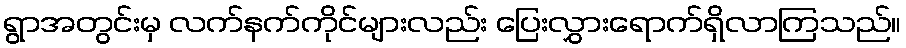
ရွာအတွင်းမှ လက်နက်ကိုင်များလည်း ပြေးလွှားရောက်ရှိလာကြသည်။